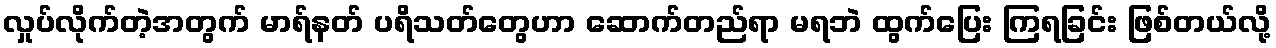
လှုပ်လိုက်တဲ့အတွက် မာရ်နတ် ပရိသတ်တွေဟာ ဆောက်တည်ရာ မရဘဲ ထွက်ပြေး ကြရခြင်း ဖြစ်တယ်လို့